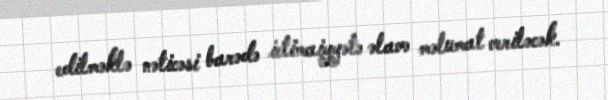
edilməklə nəticəsi barədə ictimaiyyətə əlavə məlumat veriləcək.